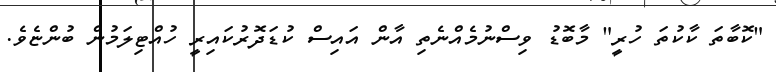
"ކޮބާތަ ކާކުތަ ހުރީ" މާބޮޑު ވިސްނުމެއްނެތި އާން އައިސް ކުޑަދޮރުކައިރީ ހުއްޓިލަމުން ބުންޏެވެ.